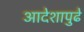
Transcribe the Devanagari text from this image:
आदेशापुढे